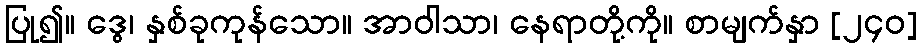
ပြု၍။ ဒွေ၊ နှစ်ခုကုန်သော။ အာဝါသာ၊ နေရာတို့ကို။ စာမျက်နှာ [၂၄၀]